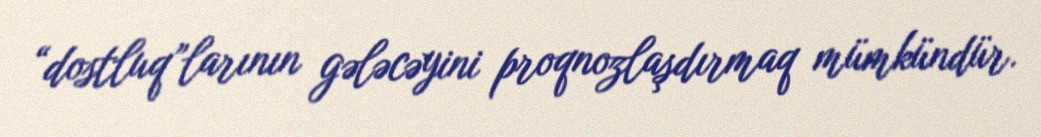
“dostluq”larının gələcəyini proqnozlaşdırmaq mümkündür.